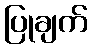
ပြုချက်